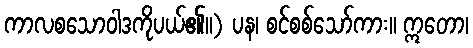
ကာလစသောဝါဒကိုပယ်၏။) ပန၊ စင်စစ်သော်ကား။ ဣတော၊